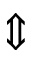
\Updownarrow